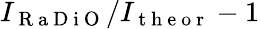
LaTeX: I_{\mathrm{~R~a~D~i~O~}}/I_{\mathrm{~t~h~e~o~r~}}-1